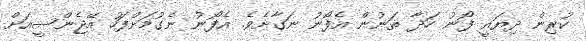
ކުރިން ދިޔައީ ފޯނު ހަދާ ތަނުން އެފޯނު ނަގާށެވެ. އެފޯނު ނެގުމަށްފަހު އޭޖެންސީއަށް